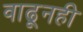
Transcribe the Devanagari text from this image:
वाढूनही